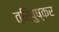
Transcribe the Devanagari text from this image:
त्रिपुष्कर